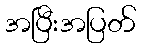
အပြီးအပြတ်